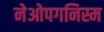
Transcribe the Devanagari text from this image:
नेओपगनिस्म